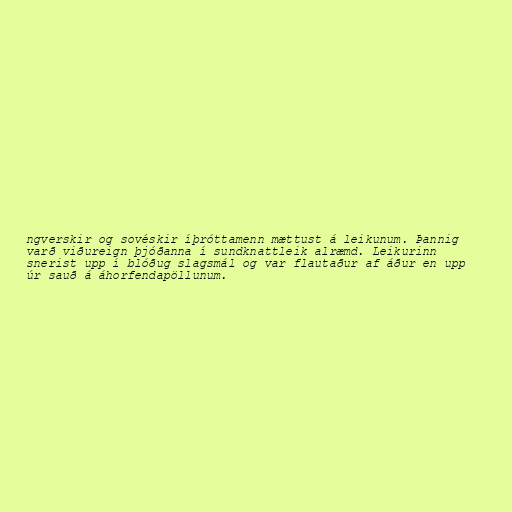
ngverskir og sovéskir íþróttamenn mættust á leikunum. Þannig
varð viðureign þjóðanna í sundknattleik alræmd. Leikurinn
snerist upp í blóðug slagsmál og var flautaður af áður en upp
úr sauð á áhorfendapöllunum.